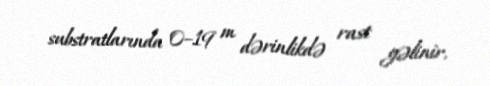
substratlarında 0–19 m dərinlikdə rast gəlinir.